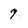
Character: 7